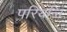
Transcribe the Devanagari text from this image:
परियन्ति